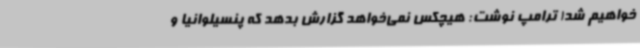
خواهیم شد! ترامپ نوشت: هیچکس نمی‌خواهد گزارش بدهد که پنسیلوانیا و